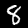
Label: 8